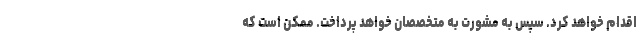
اقدام خواهد کرد. سپس به مشورت به متخصصان خواهد پرداخت. ممکن است که